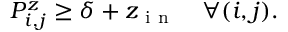
P _ { i , j } ^ { z } \ge \delta + z _ { \mathrm { ~ i ~ n ~ } } \quad \forall ( i , j ) .